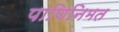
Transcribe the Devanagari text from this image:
पाणिनिमत